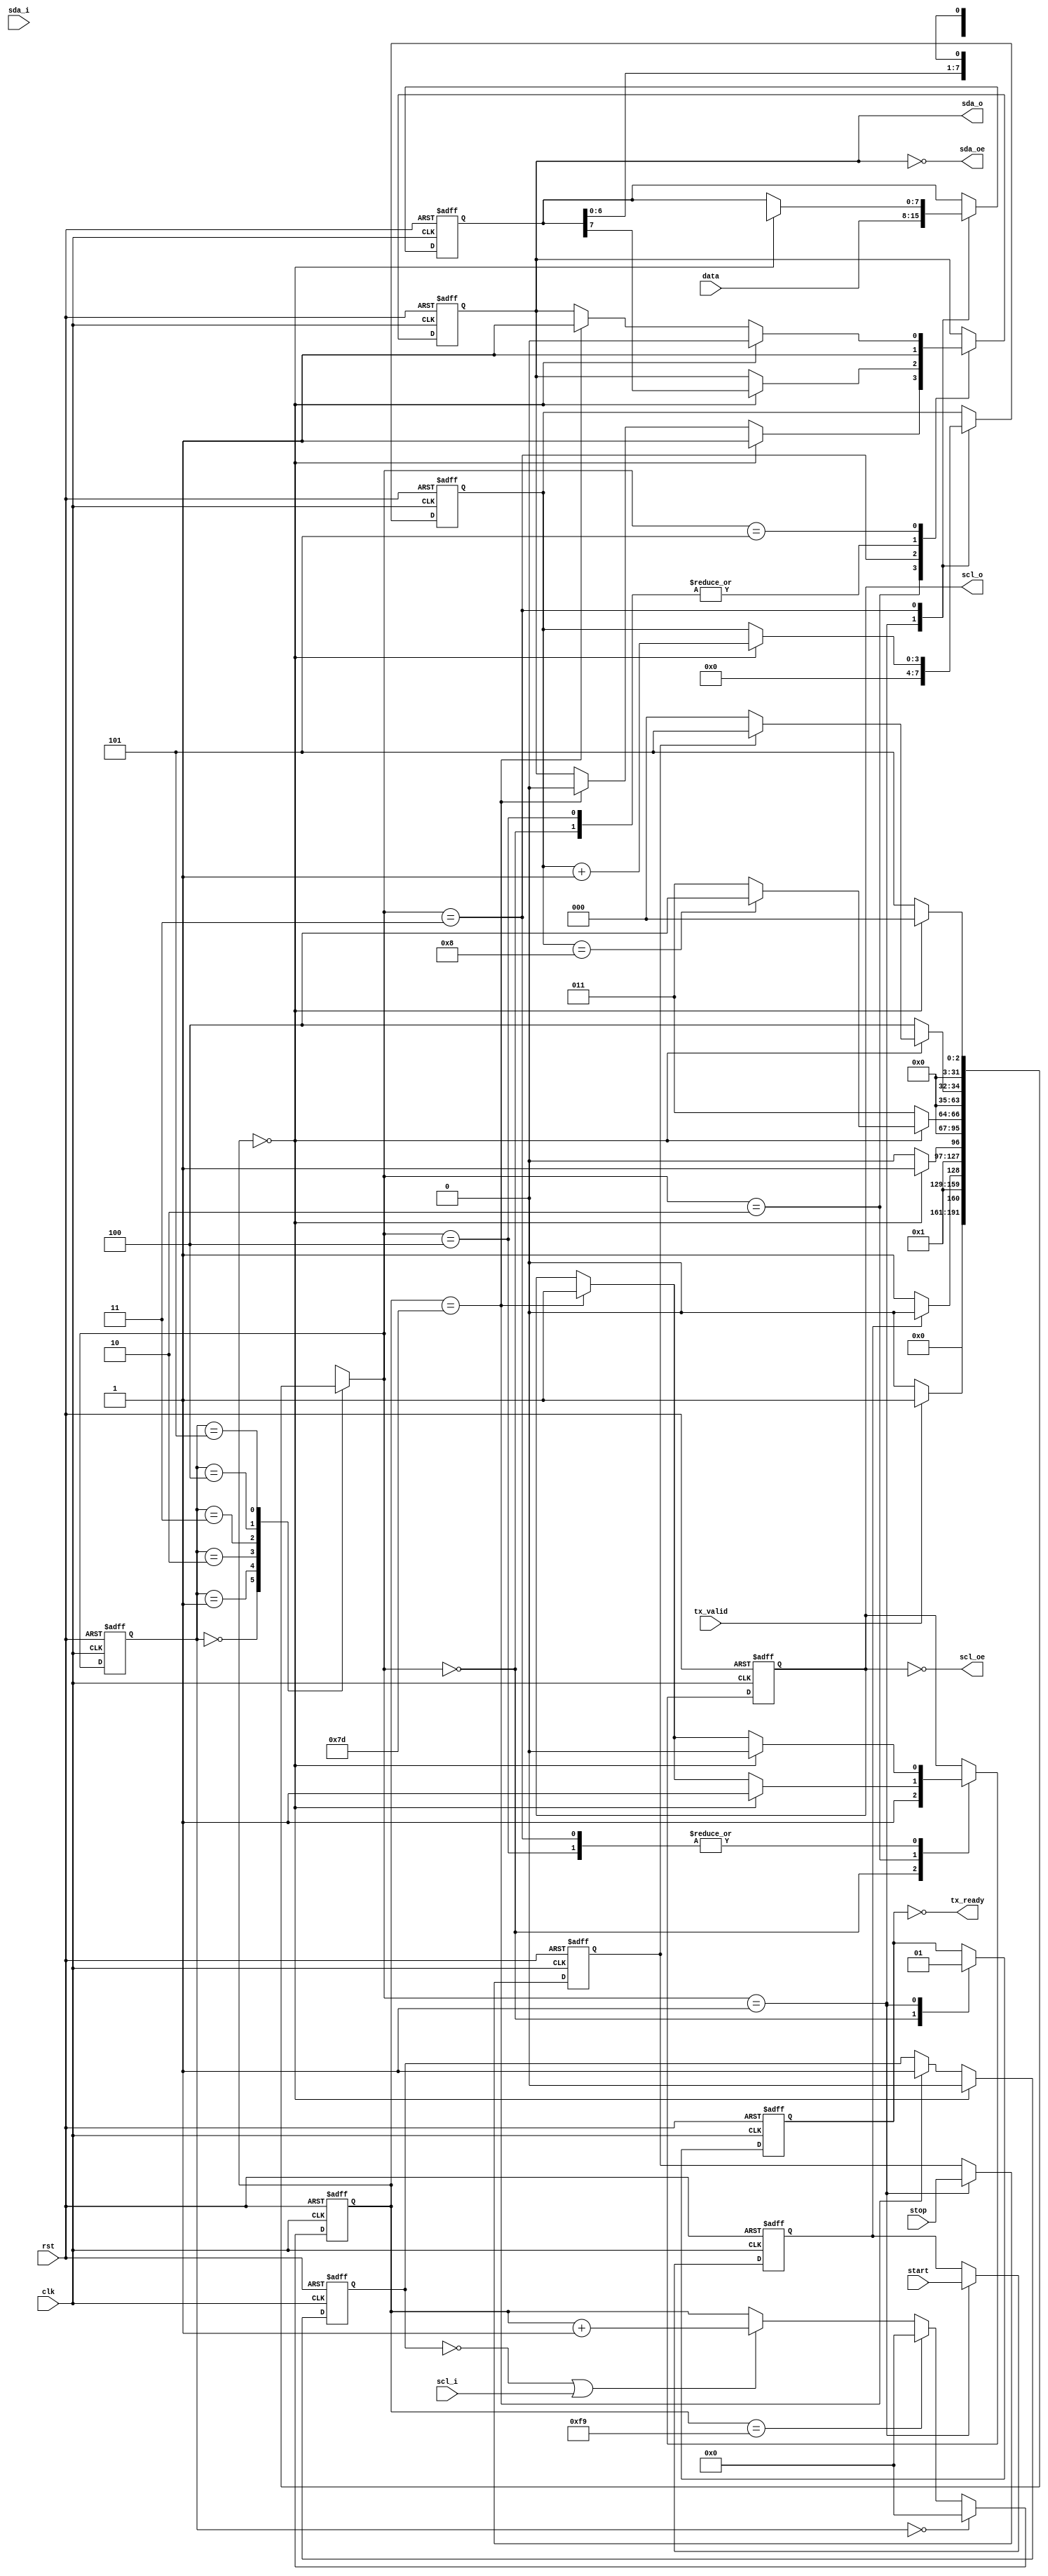
// A simple IIC transmitter
// NO SUPPORT for multiple masters
module iic_tx(
	input clk,
	input rst,
	input [7:0] data,
	input start,
	input stop,
	input tx_valid,
	output	tx_ready,
	input	scl_i,
	output	scl_o,
	output	scl_oe,
	input	sda_i,
	output	sda_o,
	output	sda_oe
);

parameter IIC_SPEED = 400000;
parameter CLOCK_PERIOD_NS = 10;
parameter UI_CLOCKS = 1_000_000_000/IIC_SPEED/CLOCK_PERIOD_NS;

reg busy;
reg scl_r, sda_r;
reg start_r;
reg stop_r;
reg [3:0] bits;
reg [7:0] data_r;

integer s1, s1_next;
localparam S1_IDLE=0, S1_SETUP=1, S1_START=2, S1_DATA=3, S1_ACK=4, S1_STOP=5;

assign tx_ready = !busy;
assign scl_o = scl_r;
assign scl_oe = !scl_r;
assign sda_o = sda_r;
assign sda_oe = !sda_r;

reg [15:0] tmr;
reg clock_flag;

// FIXME: if there are multiple masters, need to check bus status
wire bus_busy = 0;

wire clock_edge = tmr==UI_CLOCKS/2;
wire data_edge = tmr==0;
always @(posedge clk, posedge rst)
begin
	if(rst) begin
		tmr <= 0;
	end
	else if(s1 == S1_IDLE) begin
		tmr <= 0;
	end
	else if(tmr==UI_CLOCKS-1) begin
		tmr <= 0;
	end
	else if(!clock_flag || scl_i) begin
		// slave may insert wait cycles by pulling SCL low.
		// stop clock when this happens.
		tmr <= tmr+1;
	end
end

always @(posedge clk, posedge rst)
begin
	if(rst) begin
		clock_flag <= 1'b0;
	end
	else if(data_edge) begin
		clock_flag <= 1'b0;
	end
	else if(clock_edge) begin
		clock_flag <= 1'b1;
	end
end

always @(posedge clk, posedge rst)
begin
	if(rst)
		s1 <= S1_IDLE;
	else
		s1 <= s1_next;
end

always @(*)
begin
	case(s1)
		S1_IDLE: begin
			if(tx_valid)
				s1_next = S1_SETUP;
			else
				s1_next = S1_IDLE;
		end
		S1_SETUP: begin
			if(!bus_busy)
				if(start_r)
					s1_next = S1_START;
				else
					s1_next = S1_DATA;
			else
				s1_next = S1_SETUP;
		end
		S1_START: begin
			if(data_edge)
				s1_next = S1_DATA;
			else
				s1_next = S1_START;
		end
		S1_DATA: begin
			if(data_edge)
				if(bits == 8)
					s1_next = S1_ACK;
				else
					s1_next = S1_DATA;
			else
				s1_next = S1_DATA;
		end
		S1_ACK: begin
			if(data_edge)
				if(stop_r)
					s1_next = S1_STOP;
				else
					s1_next = S1_IDLE;
			else
				s1_next = S1_ACK;
		end
		S1_STOP: begin
			if(data_edge)
				s1_next = S1_IDLE;
			else
				s1_next = S1_STOP;
		end
		default: begin
			s1_next = 'bx;
		end
	endcase
end

always @(posedge clk, posedge rst)
begin
	if(rst) begin
		scl_r <= 1'b1;
		sda_r <= 1'b1;
		busy <= 1'b0;
		start_r <= 1'bx;
		stop_r <= 1'bx;
		bits <= 'bx;
		data_r <= 'bx;
	end
	else case(s1_next)
		S1_IDLE: begin
			scl_r <= 1'b1;
			sda_r <= 1'b1;
			busy <= 1'b0;
		end
		S1_SETUP: begin
			busy <= 1'b1;
			start_r <= start;
			stop_r <= stop;
			data_r <= data;
			bits <= 0;
		end
		S1_START: begin
			if(data_edge) begin
				sda_r <= 1'b1;
				scl_r <= 1'b1;
			end
			else if(clock_edge) begin
				sda_r <= 1'b0;
				scl_r <= 1'b1;
			end
		end
		S1_DATA: begin
			if(data_edge) begin
				sda_r <= data_r[7];
				data_r <= {data_r,1'bx};
				bits <= bits + 1;
				scl_r <= 1'b0;
			end
			else if(clock_edge) begin
				scl_r <= 1'b1;
			end
		end
		S1_ACK: begin
			sda_r <= 1'b1;
			if(data_edge) begin
				scl_r <= 1'b0;
			end
			else if(clock_edge) begin
				scl_r <= 1'b1;
			end
		end
		S1_STOP: begin
			if(data_edge) begin
				sda_r <= 1'b0;
			end
			else if(clock_edge) begin
				sda_r <= 1'b1;
			end
		end
	endcase
end

endmodule